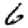
Digit: 6